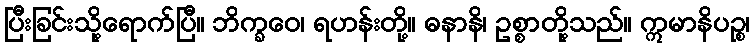
ပြီးခြင်းသို့ရောက်ပြီ။ ဘိက္ခဝေ၊ ရဟန်းတို့။ ဓနာနိ၊ ဥစ္စာတို့သည်။ ဣမာနိပဉ္စ၊